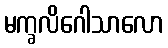
မက္ခလိဂေါသာလော